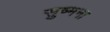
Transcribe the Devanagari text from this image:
सुष्मना